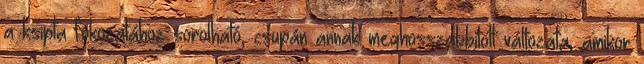
a ksipta fokozatához sorolható, csupán annak meghosszabbított változata, amikor